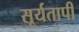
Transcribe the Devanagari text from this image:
सूर्यतापी